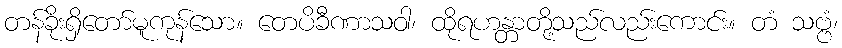
တန်ခိုးရှိတော်မူကုန်သော။ တေပိခီဏာသဝါ၊ ထိုရဟန္တာတို့သည်လည်းကောင်း။ တံ သဗ္ဗံ၊